Vaccination in Bombay 1902-1912 - 1902-1912
Year: 1902
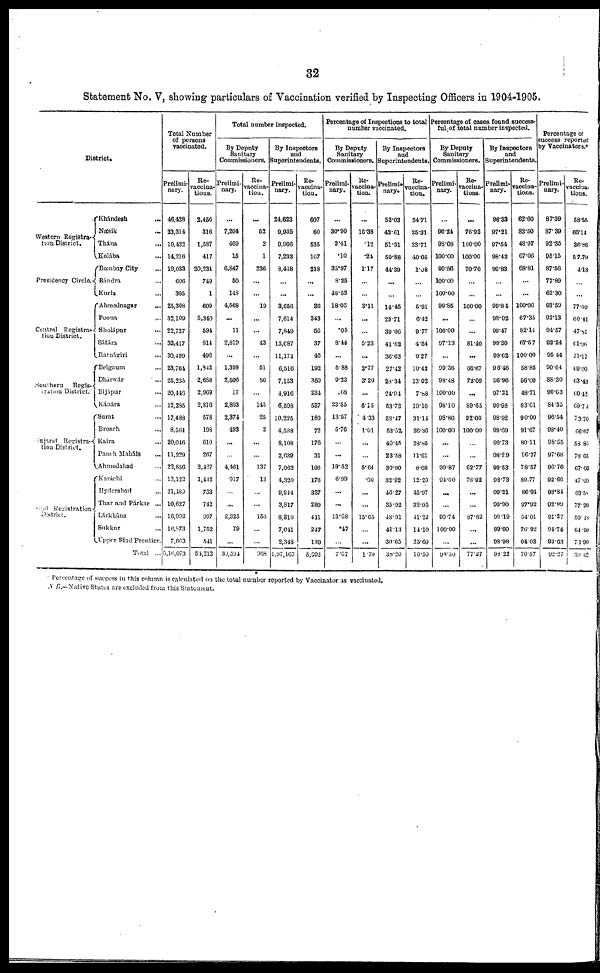
32
Statement No. V, showing particulars of Vaccination verified by Inspecting Officers in 1904-1905.
District.
Western Registra-
tion District.
Presidency Circle.
Central Registra-
tion District.
Southern
Regis-
tration District.
Gujarát Registra-
tion District.
Sind Registration
District.
Khándesh ...
Násik ...
Thána ...
Kolába
...
Bombay City
...
Bándra ...
Kurla ...
Ahmednagar ...
Poona ...
Sholápur ...
Sátára ...
Ratnágiri
...
Belgaum ...
Dhárwár ...
Bijápur
...
Kánára ...
Surat ...
Broach ...
Kaira
...
Panch Maháls ...
Ahmedabad ...
Karáchi ...
Hyderabad ...
Thar and Párkar ...
Lárkhána ...
Sukkur ...
Upper Sind Frontier.
Total ...
Total Number
of persons
vaccinated.
Prelimi-
nary.
46,428
23,314
19,122
14,216
19,033
606
305
25,308
32,109
22,737
33,417
30,499
23,764
25,235
20,446
12,285
17,488
8,564
20,046
11,229
22,856
13,122
21,480
10,627
16,992
16,873
7,663
5,16,073
Re-
vaccina-
tions.
2,456
316
1,587
417
20,231
749
1
609
5,340
594
814
496
1,842
2,688
2,969
2,816
578
198
610
267
2,427
1,442
733
742
997
1,752
541
54,212
Total number inspected.
By Deputy
Sanitary
Commissioners.
Prelimi-
nary.
...
7,204
469
15
6,847
50
148
4,568
...
11
2,819
...
1,398
2,506
17
2,893
2,374
493
...
...
4,461
917
...
...
2,325
79
...
39,594
Re-
vaccina-
tion.
...
52
2
1
236
...
...
19
...
...
43
...
51
86
...
145
25
2
...
...
137
13
...
...
156
...
...
968
By Inspectors
and
Superintendents.
Prelimi-
nary.
24,623
9,935
9,966
7,233
8,418
...
...
3,656
7,614
7,849
13,087
11,171
6,516
7,153
4,916
6,598
10,225
4,588
8,108
2,639
7,062
4,320
9,944
3,817
8,810
7,041
2,348
1,97,167
Re-
vaccina-
tion.
607
80
535
167
218
...
...
36
343
56
37
46
192
350
234
537
180
72
176
31
196
176
337
289
411
247
139
5,092
Percentage of Inspections to total
number vaccinated.
By Deputy
Sanitary
Commissioners.
Prelimi-
nary.
...
30.90
2.41
.10
35.97
8.25
48.52
18.05
...
.05
8.44
...
5.88
9.23
208
23.55
13.57
5.76
...
...
19.52
6.90
...
...
13.68
.47
...
7.67
Re-
vaccina-
tion.
...
16.38
.12
.24
1.17
...
...
3.11
...
...
5.28
...
2.77
3.20
...
5.15
4.33
1.01
...
...
5.64
.90
...
...
15.65
...
...
1.79
By Inspectors
and
Superintendents.
Prelimi-
nary.
53.03
42.61
51.31
50.88
44.39
...
...
14.45
23.71
39.06
41.82
36.63
27.42
28.34
24.04
53.72
58.47
53.57
40.45
23.58
30.90
32.92
46.27
35.92
48.91
41.13
30.65
38.20
Re-
vaccina-
tion.
24.71
25.31
33.71
40.05
1.08
...
...
5.91
6.42
9.77
4.54
9.27
10.42
13.02
7.88
19.10
31.14
36.36
28.85
11.61
8.08
12.20
45.97
38.95
41.22
14.10
25.69
10.50
Percentage of cases found success-
ful of total number inspected.
By Deputy
Sanitary
Commissioners.
Prelimi-
nary.
...
96.24
98.08
100.00
99.56
100.00
100.00
99.86
...
100.00
97.13
...
99.36
98.48
100.00
98.10
98.86
100.00
...
...
99.87
94.00
...
...
99.74
100.00
...
98.50
Re-
vaccina-
tions.
...
76.92
100.00
100.00
70.76
...
...
100.00
...
...
81.40
...
66.67
72.09
...
89.65
92.00
100.00
...
...
62.77
76.92
...
...
87.82
...
...
77.27
By Inspectors
and
Superintendents.
Prelimi-
nary.
96.33
97.21
97.54
98.42
99.83
...
...
99.84
98.02
99.17
9930
99.62
96.46
96.96
97.21
90.98
98.92
99.69
99.73
98.29
99.53
98.73
99.21
99.90
99.19
99.60
98.98
98.22
Re-
vaccina-
tions.
62.60
82.50
48.97
67.06
68.81
...
...
100.00
67.35
82.11
67.57
100.00
58.85
56.00
48.71
83.61
90.00
91.67
80.11
96.77
78.57
89.77
86.94
97.92
54.01
76.92
64.03
70.57
Percentage of
success reported
by Vaccinators.*
Prelimi-
nary.
87.39
87.39
92.35
95.15
87.50
77.89
62.30
93.59
92.13
94.57
92.24
95.44
90.64
88.30
90.63
84.35
96.54
98.40
98.55
97.68
96.76
92.66
93.84
92.89
91.27
94.74
93.63
92.27
Re-
vaccina-
tions.
58.55
66.14
36.36
57.79
4.13
...
77.00
60.41
47.81
61.06
71.17
69.00
63.43
60.42
69.74
73.70
66.67
53.85
78.65
67.66
47.09
63.58
77.90
59.48
64.50
71.90
39.62
* Percentage of success in this column is calculated on the total number reported by Vaccinator as vaccinated.
N. B.—Native States are excluded from this Statement.